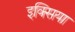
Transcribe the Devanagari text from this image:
इक्सिया